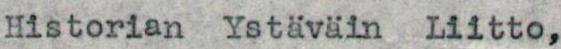
Historian Ystäväin Liitto,